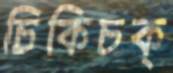
চিকিচক্